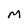
Character: M